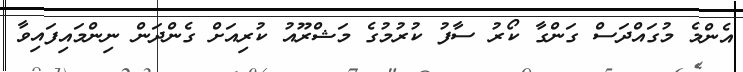
އެންމެ މުގައްދަސް ގަންގާ ކޯރު ސާފު ކުރުމުގެ މަޝްރޫއު ކުރިއަށް ގެންދަން ނިންމައިފައިވާ